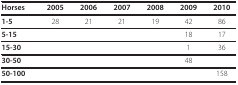
<table><thead><tr><td><b>Horses</b></td><td><b>2005</b></td><td><b>2006</b></td><td><b>2007</b></td><td><b>2008</b></td><td><b>2009</b></td><td><b>2010</b></td></tr></thead><tbody><tr><td><b>1-5</b></td><td>28</td><td>21</td><td>21</td><td>19</td><td>42</td><td>86</td></tr><tr><td><b>5-15</b></td><td></td><td></td><td></td><td></td><td>18</td><td>17</td></tr><tr><td><b>15-30</b></td><td></td><td></td><td></td><td></td><td>1</td><td>36</td></tr><tr><td><b>30-50</b></td><td></td><td></td><td></td><td></td><td>48</td><td></td></tr><tr><td><b>50-100</b></td><td></td><td></td><td></td><td></td><td></td><td>158</td></tr></tbody></table>